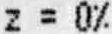
Z = 0%